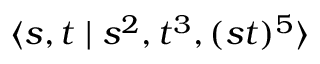
\langle s , t \mid s ^ { 2 } , t ^ { 3 } , ( s t ) ^ { 5 } \rangle